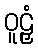
ဝူဠှံ